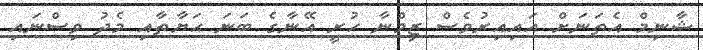
ޝާނިމް އެތަނަށް އައިއިރުވެސް ޒިމްނާ ހުރީ އޭނާގެ ބަނަ ޙަޔާތާއި މެދު ވިސްނައި